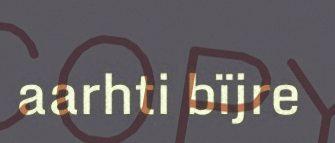
aarhti bïjre